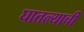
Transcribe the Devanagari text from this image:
घातल्याची